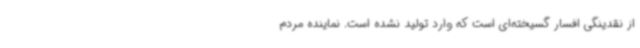
از نقدینگی افسار گسیخته‌ای است که وارد تولید نشده است. نماینده مردم